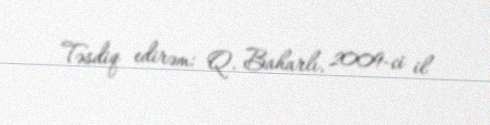
Təsdiq edirəm: Q. Baharlı, 2009-ci il